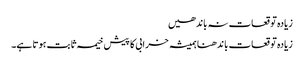
زیادہ توقعات نہ باندھیں
زیادہ توقعات باندھنا ہمیشہ خرابی کا پیش خیمہ ثابت ہوتا ہے۔